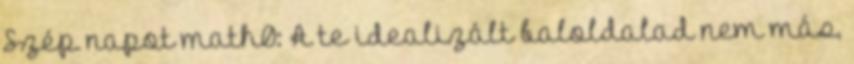
Szép napot math0: A te idealizált baloldalad nem más,